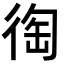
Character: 𢔇